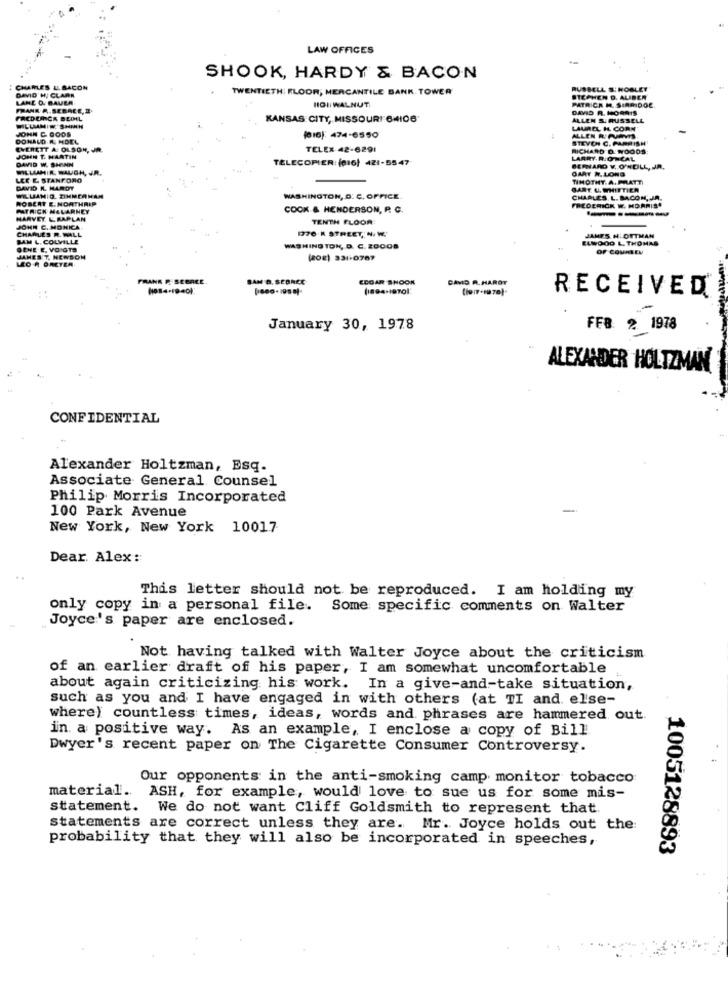
LAW OFFICES
SHOOK, HARDY & BACON
CHARLES LI BACON
DAVID H, CLARA
TWENTIETH: FLOOR; MERCANTILE BANK. TOWER
RUSSELL S:NOBLET
LANE D. BAUER.
STEPHEN D. ALIBER
PATRICK M. SIRRIDOC.
FRANK P. SEBREE, I.
HOI WALNUT
DAVID R. MORRIS
FREDEINCK BEOIL
KANSAS CITY, MISSOURI 64106
ALLEN S. RUSSELL
MILLANIN SHINN
JOHN C. GODS
LAUREL H. CORN
DONALD R. MDEL
(16): 474-6550
ALLEN RIPUPYHS
STEVEN C. PARRISH
EVERETT A: OLSON, JR.
TELEX 42-6291
RICHARD D. WOODS
JOHN T. MARTIN
DAVID W. SHINN
TELECOPIER: (016) 421-5547
LARRY. R.ONCAL
WILLLANIR BAUGH, JR.
BERNARD V. O'NDILL, JR.
OART .LONG
LEE E STANFORD
TIMOTHY. A. PRATT
DAVID IL. HAROT
GART. U. WHITTIER
WLWAMIG. ZIMMERMAN
ROBERT E. NORTHRIP
WASHINGTON, D. C. OFFICE
CHARLES. L. BACON, JA.
PATRICK MALARNEY
COOK & HENDERSON, P. C.
FREDERICK W. MORRIS"
------
HARVEY &. KAPLAN
TENTH FLOOR
JOHN C. MONICA
CHARLES R. WALL
1776 K STREET, N. W.
SAM L. COLVILLE
ELWOOD L. THOMAS
JAMES H. OTTMAN
GENE E. VOIGTS
WASHINGTON, D. C. ZOOOS
OF COURSEN
LEO A ORCTER.
JAMES T, HEWSON
(208) 331-0707
FRANK F. SEGREE.
SAM D. SEDREE
ECOAR SHOOK
DAVID R. HARDT
RECEIVED
January 30, 1978
FEB 2 1978
ALEXANDER HOLTZMAN
CONFIDENTIAL
Alexander Holtzman, Esq.
Associate General Counsel
Philip Morris Incorporated
100 Park Avenue
New York, New York 10017
Dear. Alex:
This letter should not be reproduced. I am holding my
only copy in a personal file. Some specific comments on Walter
Joyce's paper are enclosed.
Not having talked with Walter Joyce about the criticism
of an earlier draft of his paper, I am somewhat uncomfortable
about again criticizing his work. In a give-and-take situation,
such as you and I have engaged in with others (at TI and else-
where) countless times, ideas, words and phrases are hammered out.
in a positive way. As an example, I enclose a copy of Bill
Dwyer's recent paper on The Cigarette Consumer Controversy.
Our opponents in the anti-smoking camp monitor tobacco
material. ASH, for example, would love to sue us for some mis-
statement. We do not want Cliff Goldsmith to represent that.
statements are correct unless they are. Mr. Joyce holds out the:
probability that they will also be incorporated in speeches,
1005128893